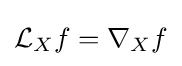
{\mathcal {L}}_{X}f=\nabla _{X}f